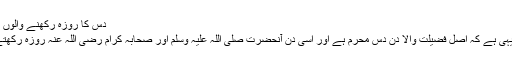
دس کا روزہ رکھنے والوں کی پہلی
دلیل تو یہی ہے کہ اصل فضیلت والا دن دس محرم ہے اور اسی دن آنحضرت صلی اللہ علیہ وسلم اور صحابہ کرام رضی اللہ عنہ روزہ رکھتے رہے۔